Indian journal of veterinary science and animal husbandry - Volume 9,
Year: 1939
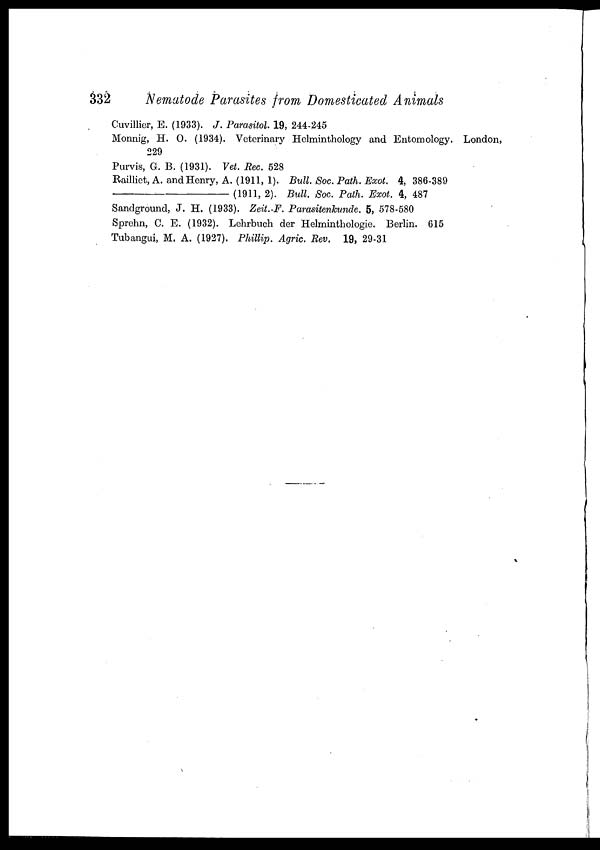
332
Nematode Parasites from Domesticated Animals
Cuvillier, E. (1933). J. Parasitol. 19, 244-245
Monnig, H. O. (1934). Veterinary Helminthology and Entomology. London,
229
Purvis, G. B. (1931). Vet. Rec. 528
Railliet, A. and Henry, A. (1911, 1). Bull. Soc. Path. Exot. 4, 386-389
—(1911,
2). Bull. Soc. Path. Exot. 4, 487
Sandground, J. H. (1933). Zeit. F. Parasitenkunde. 5, 578-580
Sprehn, C. E. (1932). Lehrbuch der Helminthologie. Berlin. 615
Tubangui, M. A. (1927). Phillip. Agric. Rev. 19, 29-31